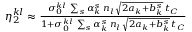
\begin{array} { r l r } & { } & { \eta _ { 2 } ^ { k l } \approx \frac { \sigma _ { 0 } ^ { k l } \, \sum _ { s } \alpha _ { k } ^ { s } \, n _ { l } \, \sqrt { 2 a _ { k } + b _ { k } ^ { s } } \, t _ { C } } { 1 + \sigma _ { 0 } ^ { k l } \, \sum _ { s } \alpha _ { k } ^ { s } \, n _ { l } \, \sqrt { 2 a _ { k } + b _ { k } ^ { s } } \, t _ { C } } } \end{array}